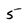
Character: 5